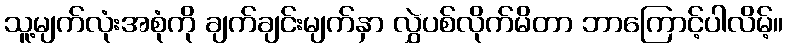
သူ့မျက်လုံးအစုံကို ချက်ချင်းမျက်နှာ လွှဲပစ်လိုက်မိတာ ဘာကြောင့်ပါလိမ့်။